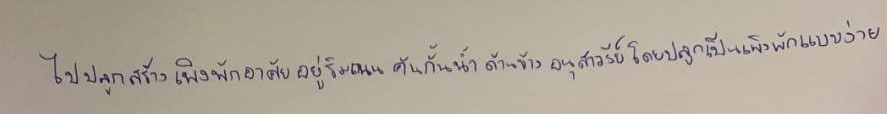
ไปปลูกสร้างเพิงพักอาศัยอยู่ริมถนนคันกั้นน้ำด้านข้างอนุสาวรีย์โดยปลูกเป็นเพิงพักแบบง่าย